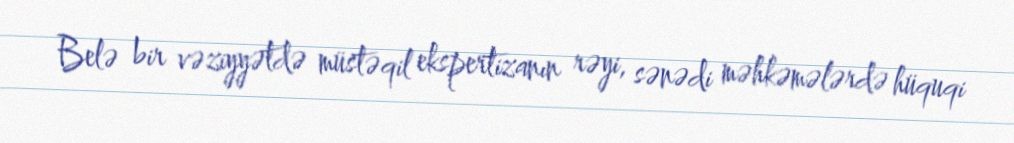
Belə bir vəziyyətdə müstəqil ekspertizanın rəyi, sənədi məhkəmələrdə hüquqi